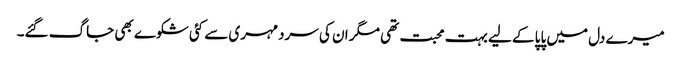
میرے دل میں پاپا کے لیے بہت محبت تھی مگر ان کی سردمہری سے کئی شکوے بھی جاگ گئے۔